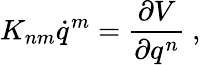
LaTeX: K_{nm}\dot{q}^{m}=\frac{\partial V}{\partial q^{n}}\ ,